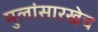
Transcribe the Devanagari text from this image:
मुलांसारखेच